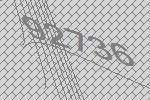
92736